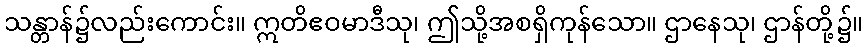
သန္တာန်၌လည်းကောင်း။ ဣတိဧဝမာဒီသု၊ ဤသို့အစရှိကုန်သော။ ဌာနေသု၊ ဌာန်တို့၌။